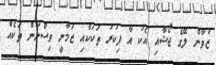
ޒުވާން ލޭގެ ޖޯޝާއި އެކު އާ ފިކުރު ތަކަކާއި ޒަމާނީ ވިސްނުން ތަކެއް